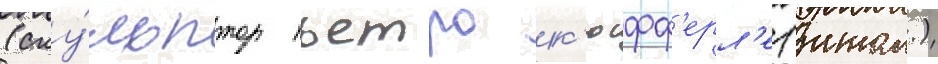
(ску́льптор пьетро к'юфф'ерл'е (итал.)